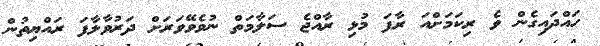
ހައްދައިގެން ވެ ރިކަމަށްއަ ރާފަ މުޅި ރާއްޖެ ސަލާމަތް ނުވެވޭވަރަށް ދަރުވާލާފަ ރަައްޔިތުން